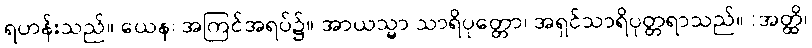
ရဟန်းသည်။ ယေန၊ အကြင်အရပ်၌။ အာယသ္မာ သာရိပုတ္တော၊ အရှင်သာရိပုတ္တရာသည်။ (အတ္ထိ၊